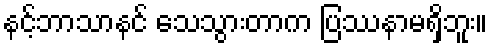
နင့်ဘာသာနင် သေသွားတာက ပြဿနာမရှိဘူး။